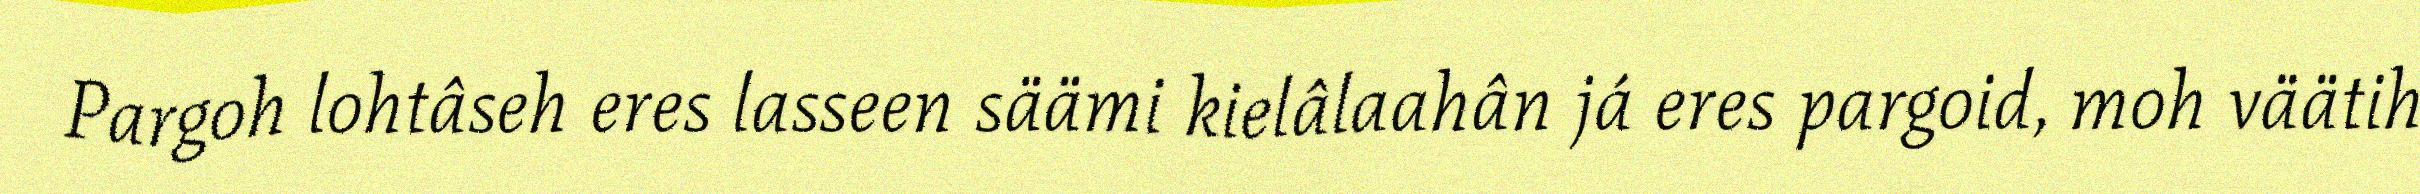
Pargoh lohtâseh eres lasseen säämi kielâlaahân já eres pargoid, moh väätih